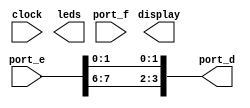
module top
(
    input         clock,
    input  [7: 0] port_e,
    input  [3: 0] port_f,
    output [3: 0] port_d,
    output [1:12] display,
    output [7: 0] leds
);

assign port_d = { port_e [7], port_e [6], port_e [1], port_e [0] };
	 
endmodule